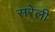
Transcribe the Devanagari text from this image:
सरेली